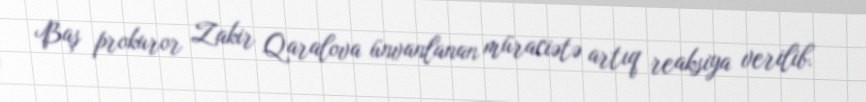
Baş prokuror Zakir Qaralova ünvanlanan müraciətə artıq reaksiya verilib.